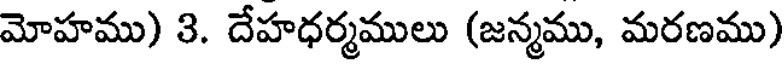
మోహము) 3. దేహధర్మములు (జన్మము, మరణము)